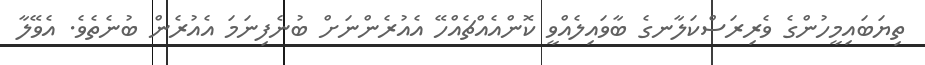
ތިޔަބައިމީހުންގެ ވެރިރަސްކަލާނގެ ބާވައިލެއްވީ ކޮންއެއްޗެއްހޭ އެއުރެންނަށް ބުނެފިނަމަ އެއުރެން ބުނެތެވެ. އެވޭލާ